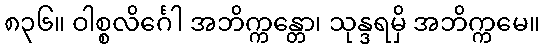
၈၃၆။ ဝါစ္စလိင်္ဂေါ အဘိက္ကန္တော၊ သုန္ဒရမှိ အဘိက္ကမေ။